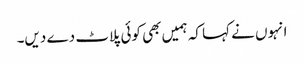
انہوں نے کہا کہ ہمیں بھی کوئی پلاٹ دے دیں۔